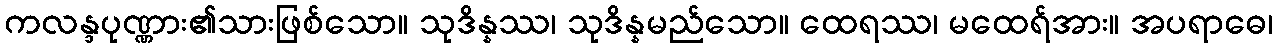
ကလန္ဒပုဏ္ဏား၏သားဖြစ်သော။ သုဒိန္နဿ၊ သုဒိန္နမည်သော။ ထေရဿ၊ မထေရ်အား။ အပရာဓေ၊